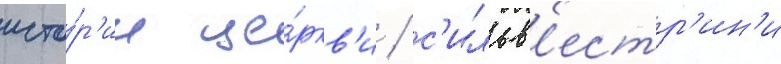
исто́р'ии це́ркв'и / с'ильв'естр'ин'и